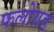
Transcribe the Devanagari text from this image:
फलोयड